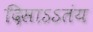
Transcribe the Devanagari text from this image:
दिसाऽऽतंय